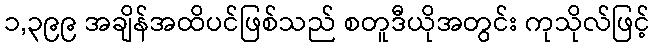
၁,၃၉၉ အချိန်အထိပင်ဖြစ်သည် စတူဒီယိုအတွင်း ကုသိုလ်ဖြင့်